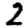
Digit: 2